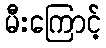
မီးကြောင့်